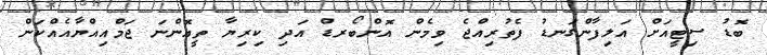
ބޮޑު ސިޓީއަށް އަލިފާންގަނޑު ފެތުރިއްޖެ ވިމެން އޮންބޯރޑް އަދި ކިރިޔާ ތީއޮންނަ ޖަމްއިއްޔާއެއްކަން